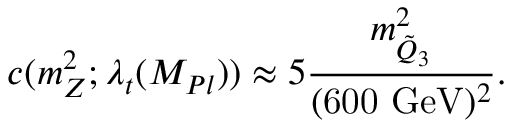
c ( m _ { Z } ^ { 2 } ; \lambda _ { t } ( M _ { P l } ) ) \approx 5 \frac { m _ { \tilde { Q } _ { 3 } } ^ { 2 } } { ( \mathrm { 6 0 0 ~ G e V } ) ^ { 2 } } .